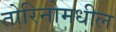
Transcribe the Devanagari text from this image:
तोरिनोमधील